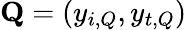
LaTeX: \mathbf{Q}=(y_{i,Q},y_{t,Q})